Rangoon Lunatic Asylum 1893-1897 - 1893-1897
Year: 1893
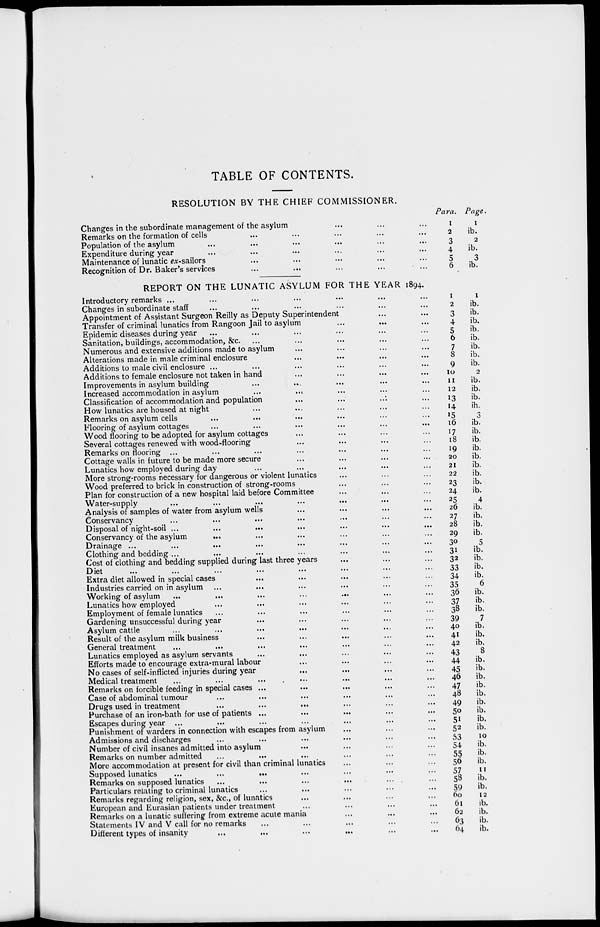
TABLE OF CONTENTS.
RESOLUTION BY THE CHIEF COMMISSIONER.
Changes in the subordinate management of the asylum ... ... ...
Remarks on the formation of cells ... ... ... ... ...
Population of the asylum ... ... ... ... ... ...
Expenditure during year ... ... ... ... ... ...
Maintenance of lunatic ex-sailors ... ... ... ... ...
Recognition of Dr. Baker's services
...
...
...
...
...
Para.
1
2
3
4
5
6
Page.
1
ib.
2
ib.
3
ib.
REPORT ON THE LUNATIC ASYLUM FOR THE YEAR 1894.
Introductory remarks ... ... ... ... ... ... ...
Changes in subordinate staff ... ... ... ... ... ...
Appointment of Assistant Surgeon Reilly as Deputy Superintendent ... ...
Transfer of criminal lunatics from Rangoon Jail to asylum ... ... ...
Epidemic diseases during year ... ... ... ... ... ...
Sanitation, buildings, accommodation, &c. ... ... ... ... ...
Numerous and extensive additions made to asylum ... ... ... ...
Alterations made in male criminal enclosure ... ... ... ...
Additions to male civil enclosure ... ... ... ... ... ...
Additions to female enclosure not taken in hand ... ... ... ...
Improvements in asylum building
...
... ... ... ...
Increased accommodation in asylum
...
... ... ... ...
Classification of accommodation and population ... ... ... ...
How lunatics are housed at night ... ... ... ... ...
Remarks on asylum cells ... ... ... ... ... ...
Flooring of asylum cottages ... ... ... ... ... ...
Wood flooring to be adopted for asylum cottages ... ... ... ...
Several cottages renewed with wood-flooring ... ... ... ...
Remarks on flooring ... ... ... ... ... ... ...
Cottage walls in future to be made more secure ... ... ... ...
Lunatics how employed during day ... ... ... ... ...
More strong-rooms necessary for dangerous or violent lunatics ... ... ...
Wood preferred to brick in construction of strong-rooms ... ... ...
Plan for construction of a new hospital laid before Committee ... ... ...
Water-supply ... ... ... ... ... ... ...
Analysis of samples of water from asylum wells ... ... ... ...
Conservancy ... ... ... ... ... ... ...
Disposal of night-soil ... ... ... ... ... ... ...
Conservancy of the asylum
... ... ... ... ... ...
Drainage ... ... ... ... ... ... ... ...
Clothing and bedding ... ... ... ... ... ... ...
Cost of clothing and bedding supplied during last three years ... ... ...
Diet ... ... ... ... ... ... ... ...
Extra diet allowed in special cases ... ... ... ... ...
Industries carried on in asylum ... ... ... ... ... ...
Working of asylum
...
...
...
...
...
Lunatics how employed ... ... ... ... ... ...
Employment of female lunatics ... ... ... ... ... ...
Gardening unsuccessful during year ... ... ... ... ...
Asylum cattle ... ... ... ... ... ... ...
Result of the asylum milk business ... ... ... ... ...
General treatment ... ... ... ... ... ... ...
Lunatics employed as asylum servants ... ... ... ... ...
Efforts made to encourage extra-mural labour ... ... ... ...
No cases of self-inflicted injuries during year ... ... ... ...
Medical treatment ... ... ... ... ... ... ...
Remarks on forcible feeding in special cases ... ... ... ... ...
Case of abdominal tumour ... ... ... ... ... ...
Drugs used in treatment ... ... ... ... ... ...
Purchase of an iron-bath for use of patients ... ... ... ... ...
Escapes during year ... ... ... ... ... ... ...
Punishment of warders in connection with escapes from asylum ... ... ...
Admissions and discharges ... ... ... ... ... ...
Number of civil insanes admitted into asylum ... ... ... ...
Remarks on number admitted ... ... ... ... ... ...
More accommodation at present for civil than criminal lunatics ... ... ...
Supposed lunatics
...
...
... ... ... ... ...
Remarks on supposed lunatics ... ... ... ... ... ...
Particulars relating to criminal lunatics ... ... ... ... ...
Remarks regarding religion, sex, &c., of lunatics ... ... ... ... ...
European and Eurasian patients under treatment ... ... ... ... ...
Remarks on a lunatic suffering from extreme acute mania ... ... ...
Statements IV and V call for no remarks ... ... ... ... ...
Different types of insanity ... ... ... ... ... ...
1
2
3
4
5
6
7
8
9
10
11
12
13
14
15
16
17
18
19
20
21
22
23
24
25
26
27
28
29
30
31
32
33
34
35
36
37
38
39
40
41
42
43
44
45
46
47
48
49
50
51
52
53
54
55
56
57
58
59
60
61
62
63
64
1
ib.
ib.
ib.
ib.
ib.
ib.
ib.
ib.
2
ib.
ib.
ib.
ih.
3
ib.
ib.
ib.
ib.
ib.
ib.
ib.
ib.
ib.
4
ib.
ib.
ib.
ib.
5
ib.
ib.
ib.
ib.
6
ib.
ib.
ib.
7
ib.
ib.
ib.
8
ib.
ib.
ib.
ib.
ib.
ib.
ib.
ib.
ib.
10
ib.
ib.
ib.
11
ib.
ib.
12
ib.
ib.
ib.
ib.